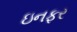
ઇનફર